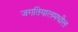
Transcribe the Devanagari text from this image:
जगतियालमधील